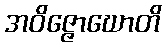
အဝိဇ္ဇောဃောတိ